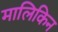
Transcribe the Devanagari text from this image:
मालिकिन